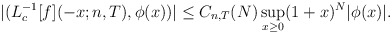
\begin{align*}|(L_{c}^{- 1}[f](-x; n,T),\phi (x))| \leq C_{n,T}(N)\sup_{x \geq 0} (1 + x)^{N} |\phi (x)| .\end{align*}